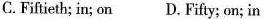
C.Fiftieth; in; on D.Fifty; on; in